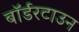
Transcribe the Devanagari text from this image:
बॉर्डरटाउन